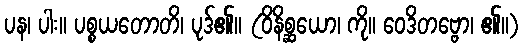
ပန၊ ပါး။ ပစ္စယတောတိ၊ ပုဒ်၏။ (ဝိနိစ္ဆယော၊ ကို။ ဝေဒိတဗ္ဗော၊ ၏။)